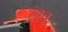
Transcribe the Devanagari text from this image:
खचू